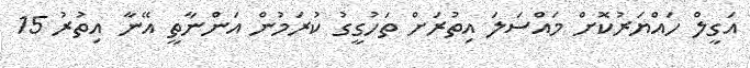
އަގީލް ހައްޔަރުކޮށް މައްސަލަ އިތުރަށް ތަހުގީގު ކުރަމުން އަންނާތީ އޭނާ އިތުރު 15